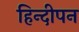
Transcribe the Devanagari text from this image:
हिन्दीपन